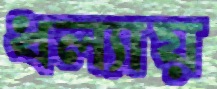
ধল্যায়